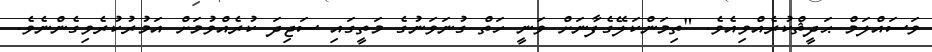
ވަސައްލަމް ޙަދީޘްކުރެއްވިއެވެ. "ތިމަންކަލޭގެފާނަށް ވަނީ ހަތް ގުނަވަނުގެ މަތީގައި ސަޖިދަ ކުރެއްވުމަށް އަމުރުކުރެވިގެންނެވެ.